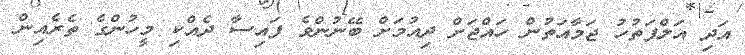
އަދި އަލްފަތުހު ޖަމާއަތުން ހައްޖަށް ދިއުމަށް ބޭނުންވެ ފައިސާ ދެއްކި މީހުންގެ ތެރެއިން